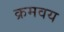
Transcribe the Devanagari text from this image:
क्रमवय